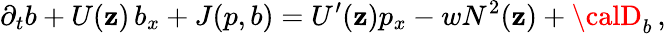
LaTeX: \partial_{t}b+U(\mathbf{z})\, b_{x}+J(p,b)=U^{\prime}(\mathbf{z})p_{x}-wN^{2}(\mathbf{z})+{\calD}_{b}\, ,